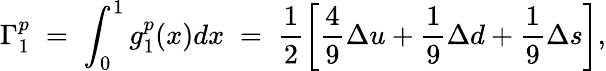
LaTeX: \Gamma_{1}^{p}\; =\; \int_{0}^{1}g_{1}^{p}(x)dx\; =\; \frac 12\left[\frac 49\Delta u+\frac 19\Delta d+\frac 19\Delta s\right],